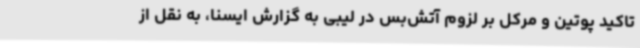
تاکید پوتین و مرکل بر لزوم آتش‌بس در لیبی به گزارش ایسنا، به نقل از